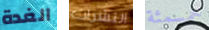
الغدة النشرات خمسمئة